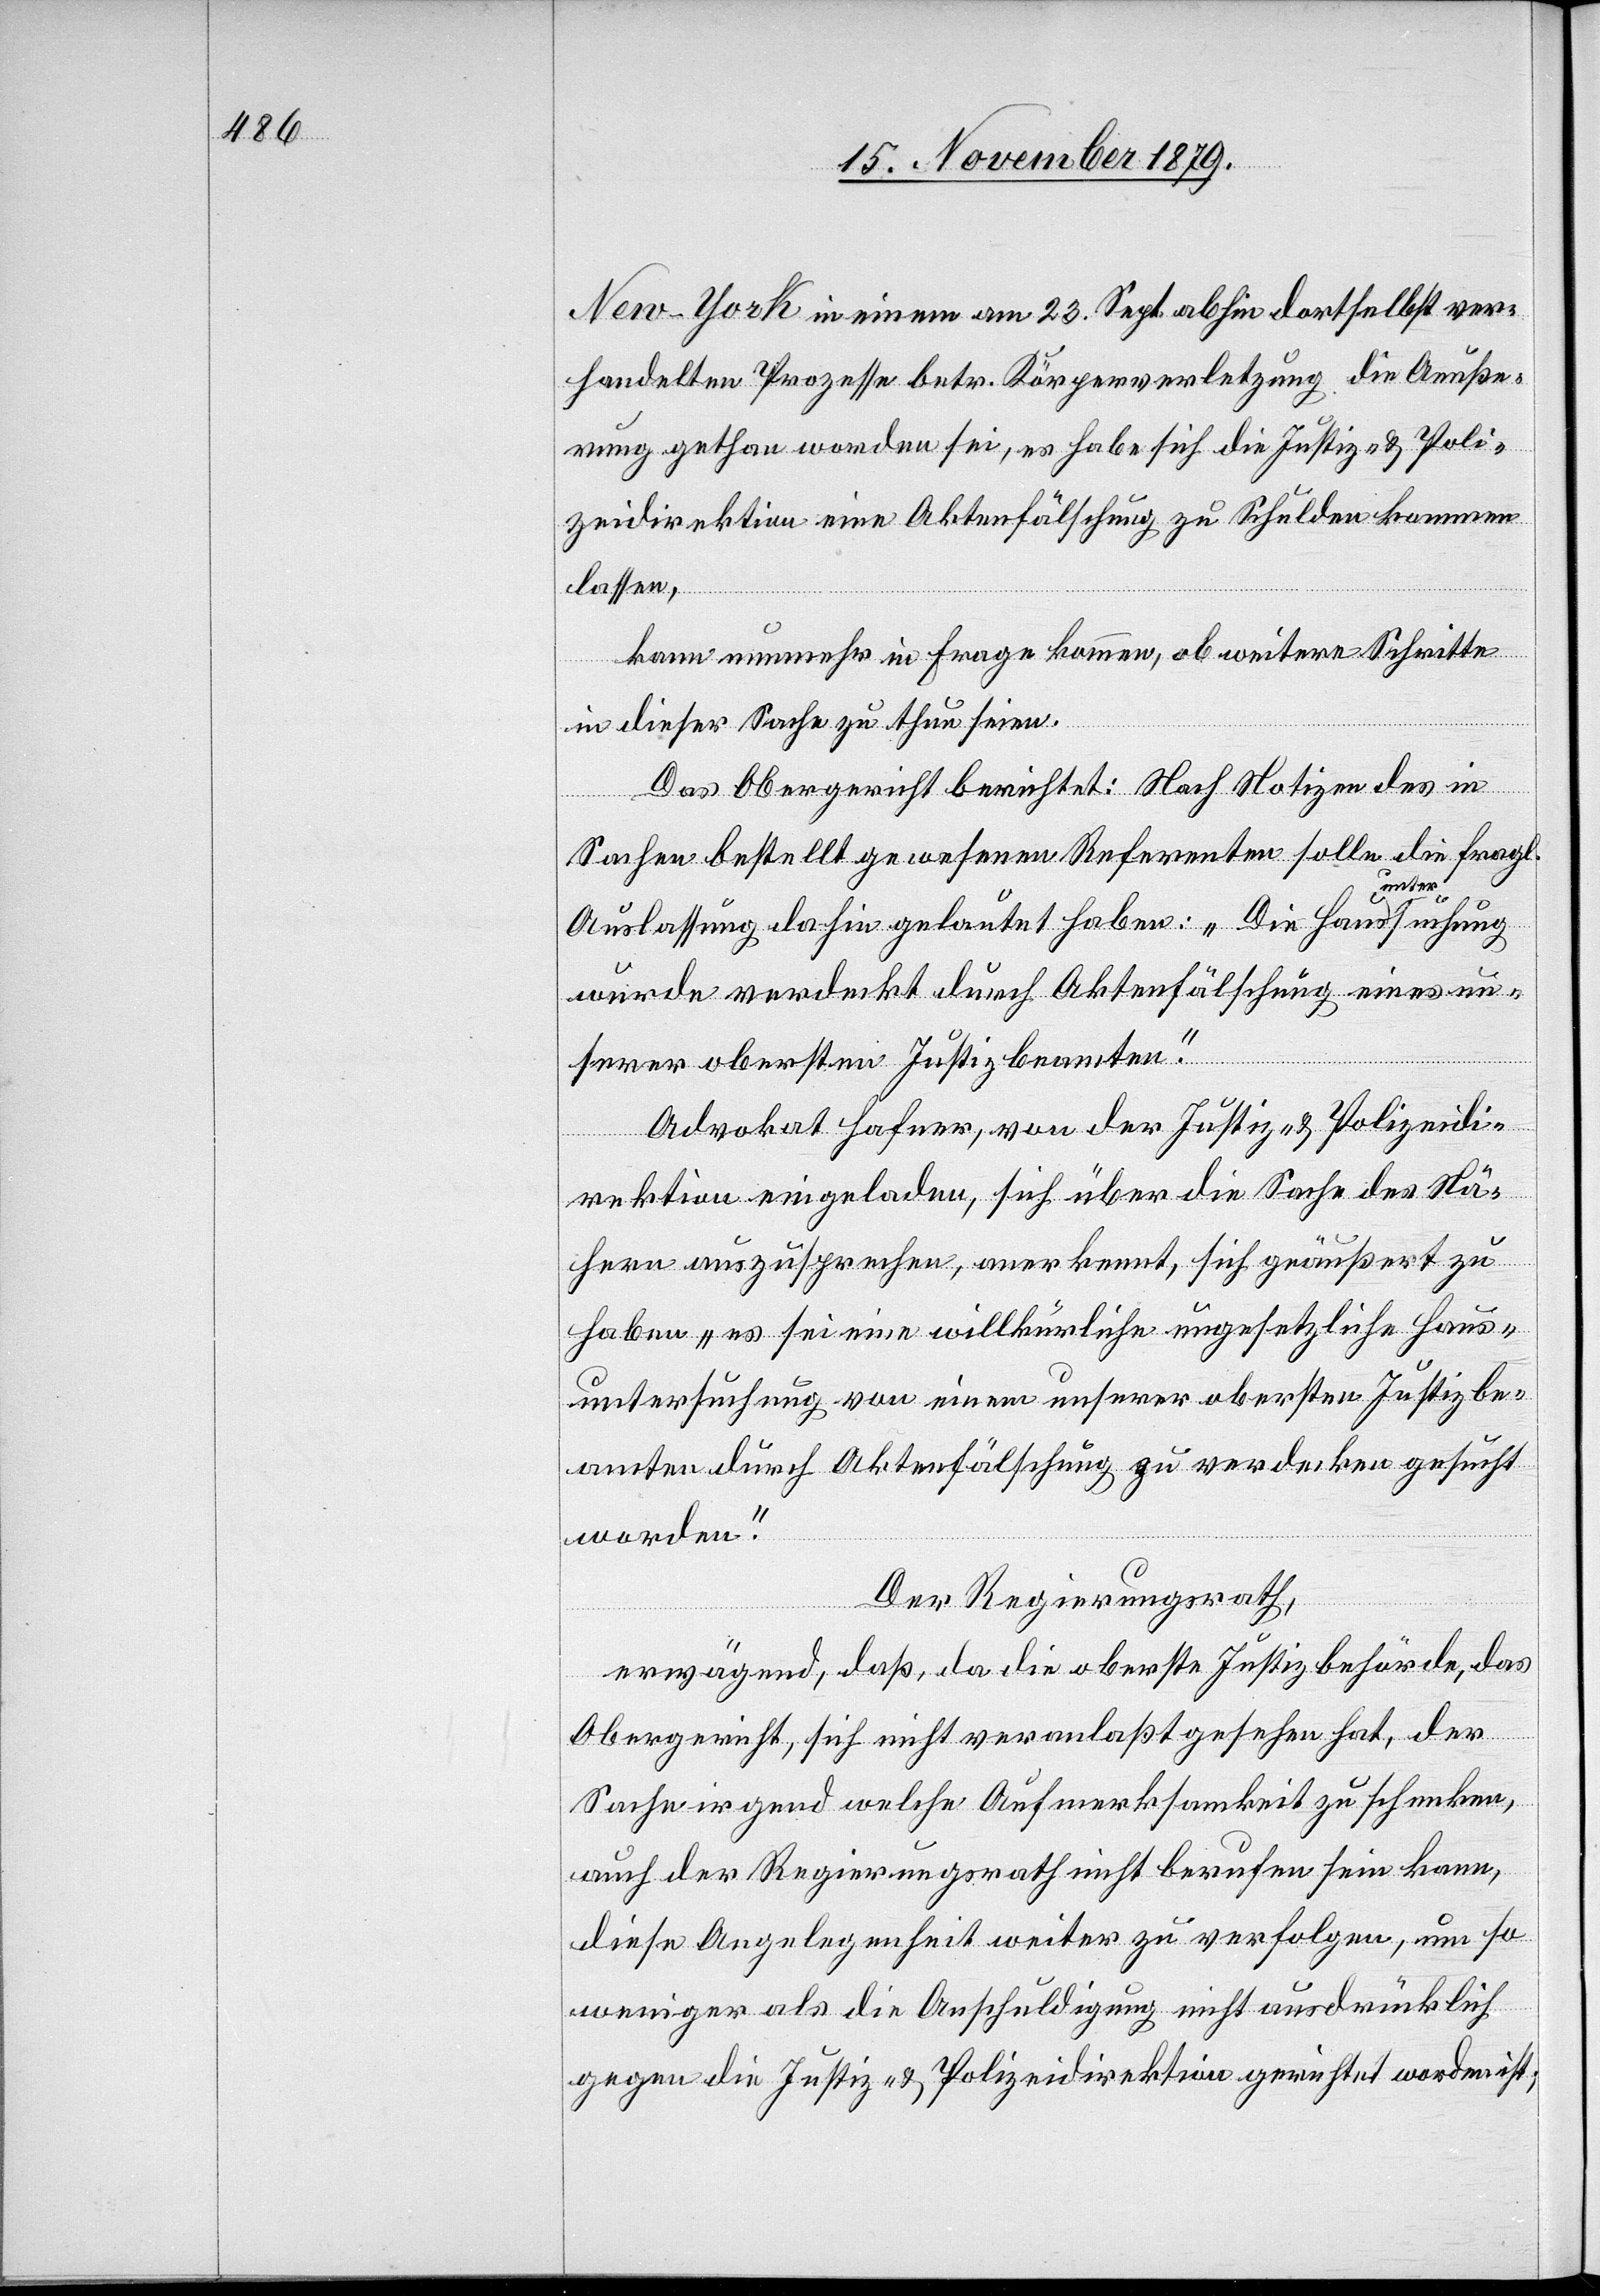
New-York in einem am 23. Sept. abhin dortselbst ver¬
handelten Prozesse betr. Körperverletzung die Aeuße¬
rung gethan worden sei, es habe sich die Justiz- & Poli¬
zeidirektion eine Aktenfälschung zu Schulden kommen
lassen,
kann nunmehr in Frage kommen, ob weitere Schritte
in dieser Sache zu thun seien.
Das Obergericht berichtet: Nach Notizen des in
Sachen bestellt gewesenen Referenten solle die fragl.
Auslassung dahin gelautet haben: „Die Hausuntersuchung
wurde verdeckt durch Aktenfälschung eines un¬
serer oberster Justizbeamten.“
Advokat Hafner, von der Justiz- & Polizeidi¬
rektion eingeladen, sich über die Sache des Nä¬
hern auszusprechen, anerkennt, sich geäußert zu
haben „es sei eine willkürliche ungesetzliche Haus¬
untersuchung von einem unserer obersten Justizbe¬
amten durch Aktenfälschung zu verdecken gesucht
worden.“
Der Regierungsrath,
erwägend, daß, da die oberste Justizbehörde, das
Obergericht, sich nicht veranlaßt gesehen hat, der
Sache irgend welche Aufmerksamkeit zu schenken
auch der Regierungsrath nicht berufen sein kann,
diese Angelegenheit weiter zu verfolgen, um so
weniger als die Anschuldigung nicht ausdrücklich
gegen die Justiz- & Polizeidirektion gerichtet worden ist;